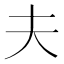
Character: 夫